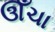
ઊઁચા